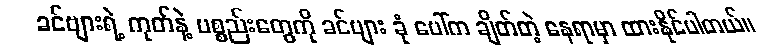
ခင်ဗျားရဲ့ ကုတ်နဲ့ ပစ္စည်းတွေကို ခင်ဗျား ခုံ ပေါ်က ချိတ်တဲ့ နေရာမှာ ထားနိုင်ပါတယ်။